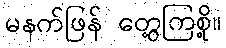
မနက်ဖြန် တွေ့ကြစို့။